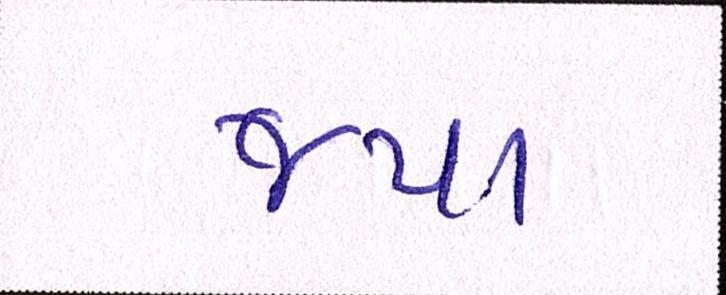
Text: જયા